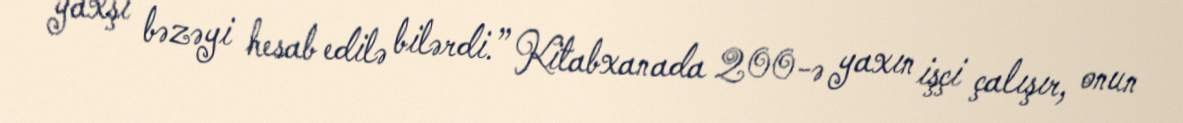
yaxşı bəzəyi hesab edilə bilərdi.” Kitabxanada 200-ə yaxın işçi çalışır, onun